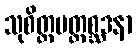
သုစိတ္တပတ္တစ္ဆဒနာ